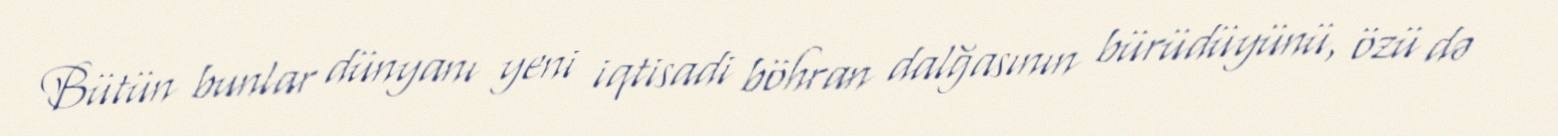
Bütün bunlar dünyanı yeni iqtisadi böhran dalğasının bürüdüyünü, özü də